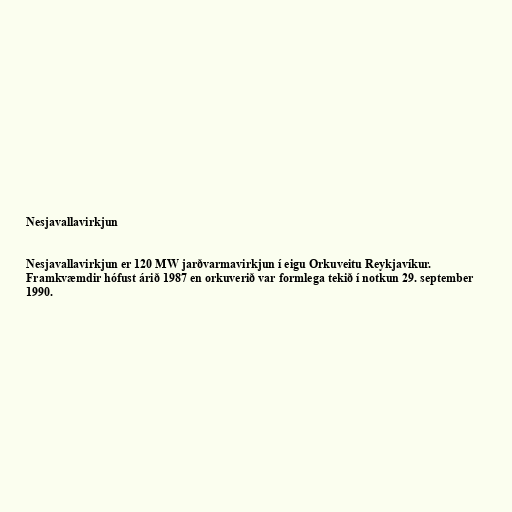
Nesjavallavirkjun

Nesjavallavirkjun er 120 MW jarðvarmavirkjun í eigu Orkuveitu Reykjavíkur.
Framkvæmdir hófust árið 1987 en orkuverið var formlega tekið í notkun 29. september
1990.